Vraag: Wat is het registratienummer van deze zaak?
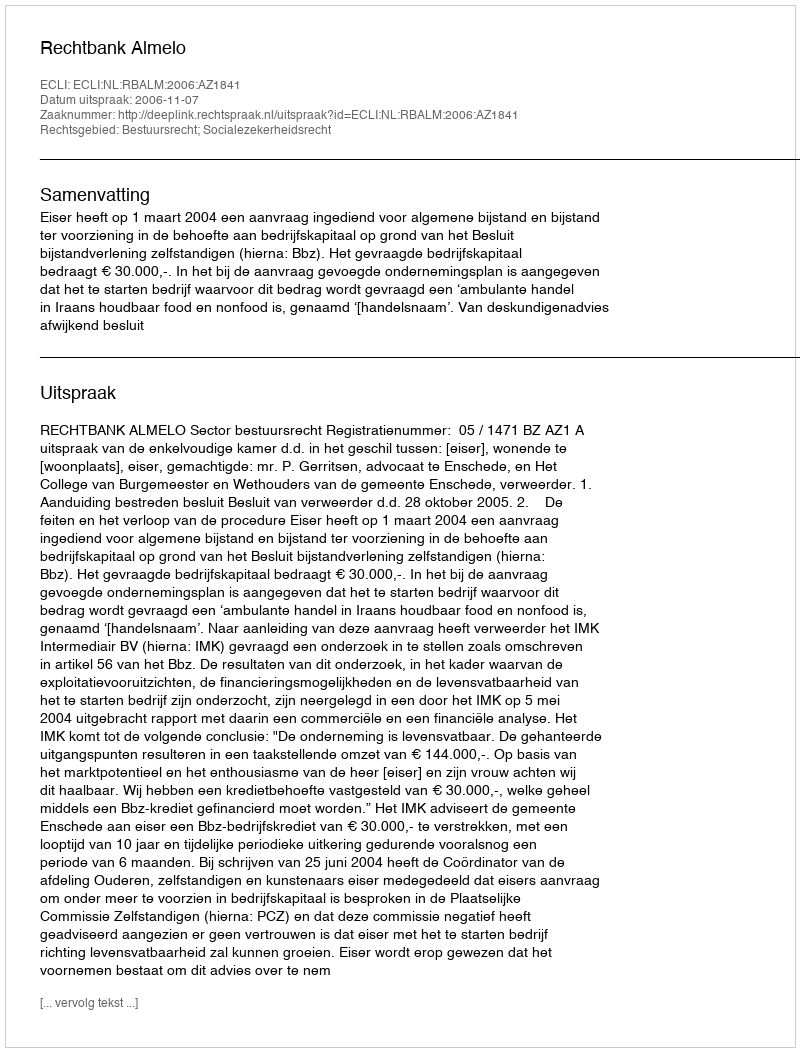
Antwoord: http://deeplink.rechtspraak.nl/uitspraak?id=ECLI:NL:RBALM:2006:AZ1841